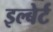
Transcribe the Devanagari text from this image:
इल्बेर्ट